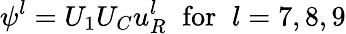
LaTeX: \psi^{l}=U_{1}U_{C}u_{R}^{l}\; \; \mathrm{for}\; \; l=7,8,9